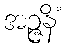
အဉ္ဇနိံ